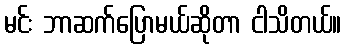
မင်း ဘာဆက်ပြောမယ်ဆိုတာ ငါသိတယ်။